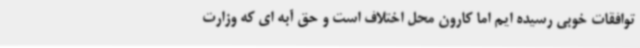
توافقات خوبی رسیده ایم اما کارون محل اختلاف است و حق آبه ای که وزارت